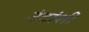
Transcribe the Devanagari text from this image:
उंटांशी